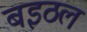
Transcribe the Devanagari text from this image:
बइठल